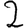
Digit: 2